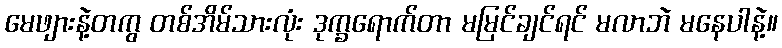
မေဖျားနဲ့တကွ တစ်အိမ်သားလုံး ဒုက္ခရောက်တာ မမြင်ချင်ရင် မလာဘဲ မနေပါနဲ့။